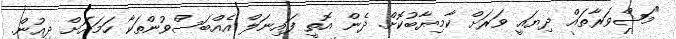
"މަޝްވަރާތައް ދިޔައީ ވަރަށް ކާމިޔާބުކޮށް. ދެން އޮތީ ފައިނަލް އެއްބަސްވުންތަކާ ހަމައަށް ދިއުން.